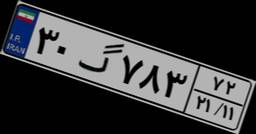
۳۰گ۷۸۳۷۲